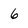
Character: 6